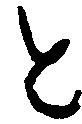
と